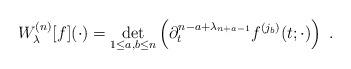
LaTeX: \begin{align*}W^{(n)}_\lambda[f](\cdot)=\det_{1\leq a, b \leq n}\left(\partial_t^{n-a+\lambda_{n+a-1}}f^{(j_b)}(t;\cdot)\right)\ .\end{align*}